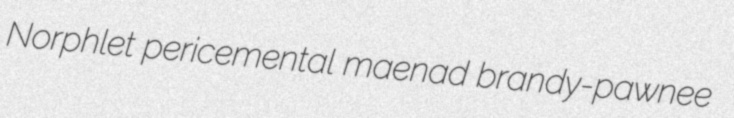
Norphlet pericemental maenad brandy-pawnee